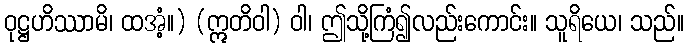
ဝုဋ္ဌဟိဿာမိ၊ ထအံ့။) (ဣတိဝါ) ဝါ၊ ဤသို့ကြံ၍လည်းကောင်း။ သူရိယေ၊ သည်။